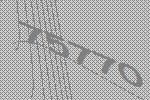
75770